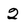
Character: 2